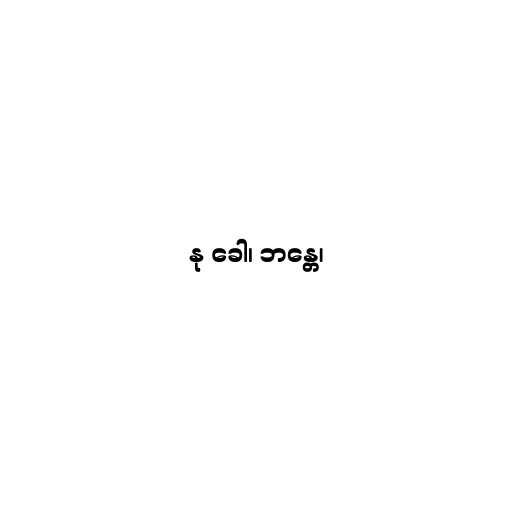
နု ခေါ၊ ဘန္တေ၊